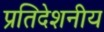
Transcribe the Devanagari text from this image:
प्रतिदेशनीय